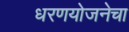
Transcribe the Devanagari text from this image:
धरणयोजनेचा